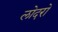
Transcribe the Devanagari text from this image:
लोदरो